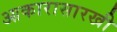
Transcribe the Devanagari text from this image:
आकारासारखी